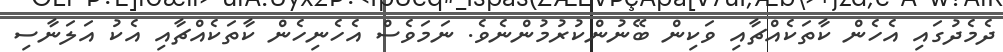
ދެމެދުގައި އެހެން ކާތަކެއްޗާއި ވަކިން ބޭނުންކުރުމުންނެވެ. ނަމަވެސް އެހެނިހެން ކާތަކެއްޗާއި އެކު އަލަނާސި